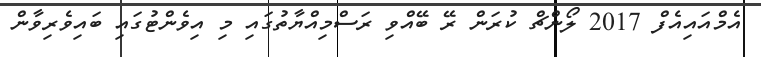
އެމްއައިއެފް 2017 ލޯންޗް ކުރަން ރޭ ބޭއްވި ރަސްމިއްޔާތުގައި މި އިވެންޓުގައި ބައިވެރިވާން